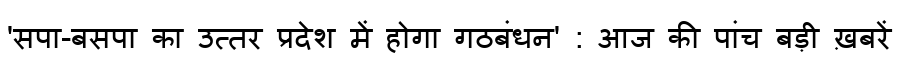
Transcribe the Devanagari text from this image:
'सपा-बसपा का उत्तर प्रदेश में होगा गठबंधन' : आज की पांच बड़ी ख़बरें